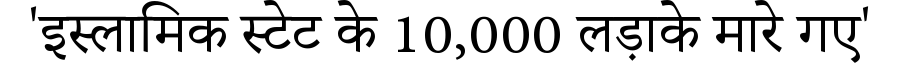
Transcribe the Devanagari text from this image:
'इस्लामिक स्टेट के 10,000 लड़ाके मारे गए'